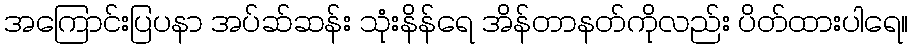
အကြောင်းပြပနာ အပ်ဆ်ဆန်း သုံးနိန်ရေ အိန်တာနတ်ကိုလည်း ပိတ်ထားပါရေ။